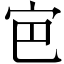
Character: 𭓡